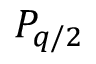
P _ { q / 2 }